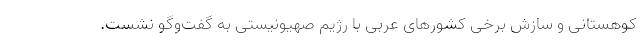
کوهستانی و سازش برخی کشور‌های عربی با رژیم صهیونیستی به گفت‌وگو نشست.